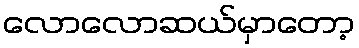
လောလောဆယ်မှာတော့